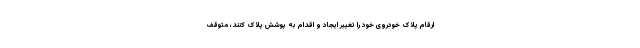
ارقام پلاک خودروی خود را تغییر ایجاد و اقدام به پوشش پلاک کنند، متوقف